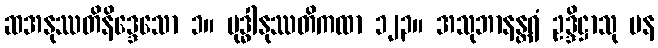
ဆအနုဿတိနိဒ္ဒေသော ၁။ ဗုဒ္ဓါနုဿတိကထာ ၁၂၃။ အသုဘာနန္တရံ ဥဒ္ဒိဋ္ဌာသု ပန